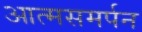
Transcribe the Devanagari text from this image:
आत्मसमर्पन